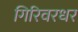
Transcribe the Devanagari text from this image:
गिरिवरधर